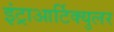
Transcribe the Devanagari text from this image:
इंट्राआर्टिक्युलर